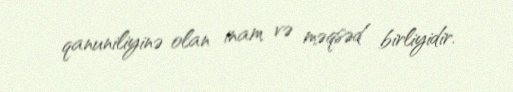
qanuniliyinə olan inam və məqsəd birliyidir.